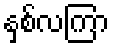
နှစ်လကြာ